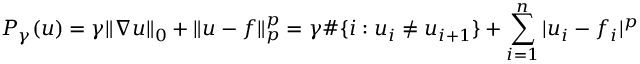
P _ { \gamma } ( u ) = \gamma \| \nabla u \| _ { 0 } + \| u - f \| _ { p } ^ { p } = \gamma \# \{ i : u _ { i } \neq u _ { i + 1 } \} + \sum _ { i = 1 } ^ { n } | u _ { i } - f _ { i } | ^ { p }